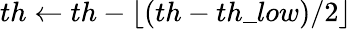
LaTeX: th\leftarrow th-\lfloor(th-th\_ low)/2\rfloor